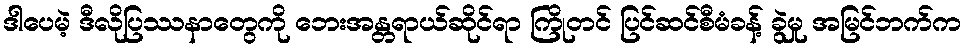
ဒါပေမဲ့ ဒီလိုပြဿနာတွေကို ဘေးအန္တရာယ်ဆိုင်ရာ ကြိုတင် ပြင်ဆင်စီမံခန့် ခွဲမှု အမြင်ဘက်က